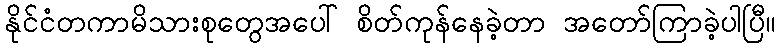
နိုင်ငံတကာမိသားစုတွေအပေါ် စိတ်ကုန်နေခဲ့တာ အတော်ကြာခဲ့ပါပြီ။